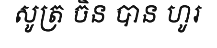
សូត្រ ចិន បាន ហូរ